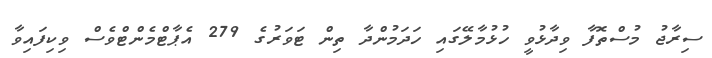
ސިރާޖު މުސްތޮފާ ވިދާޅުވީ ހުޅުމާލޭގައި ހަދަމުންދާ ތިން ޓަވަރުގެ 279 އެޕާޓްމެންޓްވެސް ވިކިފައިވާ